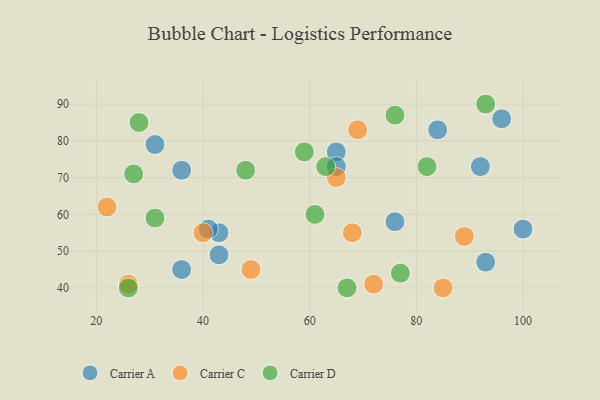
{"axis": {"x": "GDP", "y": "Life Expectancy"}, "legend": ["Carrier A", "Carrier C", "Carrier D"], "data": [{"x": "93", "y": 47, "type": "Carrier A"}, {"x": "65", "y": 77, "type": "Carrier A"}, {"x": "84", "y": 83, "type": "Carrier A"}, {"x": "43", "y": 55, "type": "Carrier A"}, {"x": "76", "y": 58, "type": "Carrier A"}, {"x": "41", "y": 56, "type": "Carrier A"}, {"x": "36", "y": 45, "type": "Carrier A"}, {"x": "100", "y": 56, "type": "Carrier A"}, {"x": "96", "y": 86, "type": "Carrier A"}, {"x": "43", "y": 49, "type": "Carrier A"}, {"x": "92", "y": 73, "type": "Carrier A"}, {"x": "65", "y": 73, "type": "Carrier A"}, {"x": "31", "y": 79, "type": "Carrier A"}, {"x": "36", "y": 72, "type": "Carrier A"}, {"x": "68", "y": 55, "type": "Carrier C"}, {"x": "69", "y": 83, "type": "Carrier C"}, {"x": "89", "y": 54, "type": "Carrier C"}, {"x": "85", "y": 40, "type": "Carrier C"}, {"x": "40", "y": 55, "type": "Carrier C"}, {"x": "49", "y": 45, "type": "Carrier C"}, {"x": "22", "y": 62, "type": "Carrier C"}, {"x": "26", "y": 41, "type": "Carrier C"}, {"x": "72", "y": 41, "type": "Carrier C"}, {"x": "65", "y": 70, "type": "Carrier C"}, {"x": "63", "y": 73, "type": "Carrier D"}, {"x": "67", "y": 40, "type": "Carrier D"}, {"x": "31", "y": 59, "type": "Carrier D"}, {"x": "28", "y": 85, "type": "Carrier D"}, {"x": "82", "y": 73, "type": "Carrier D"}, {"x": "26", "y": 40, "type": "Carrier D"}, {"x": "59", "y": 77, "type": "Carrier D"}, {"x": "77", "y": 44, "type": "Carrier D"}, {"x": "93", "y": 90, "type": "Carrier D"}, {"x": "76", "y": 87, "type": "Carrier D"}, {"x": "48", "y": 72, "type": "Carrier D"}, {"x": "27", "y": 71, "type": "Carrier D"}, {"x": "61", "y": 60, "type": "Carrier D"}]}